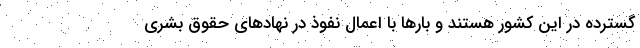
گسترده در این کشور هستند و بارها با اعمال نفوذ در نهادهای حقوق بشری